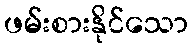
ဖမ်းစားနိုင်သော